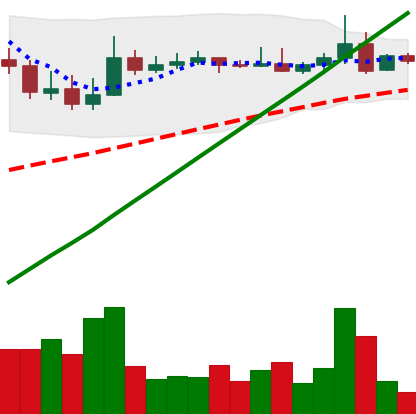
Ticker: ADA-USD
Chart end date: 2021-04-09
Forward return: 20.928%
Label: up_7plus